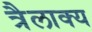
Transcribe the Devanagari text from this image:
त्रैलाक्य